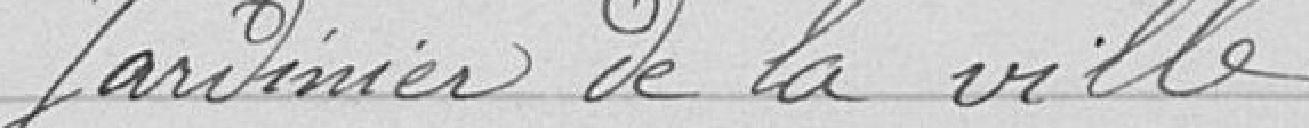
Jardinier de la ville